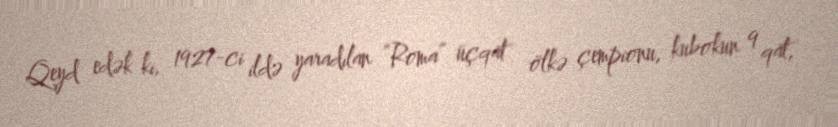
Qeyd edək ki, 1927-ci ildə yaradılan “Roma” üçqat ölkə çempionu, kubokun 9 qat,